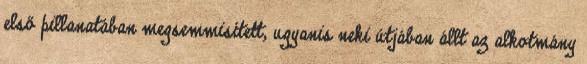
első pillanatában megsemmisített, ugyanis neki útjában állt az alkotmány